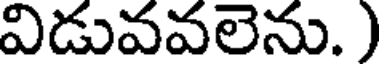
విడువవలెను. )